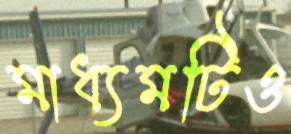
মাধ্যমটিও